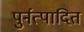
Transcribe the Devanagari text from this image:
पुर्नत्पादित